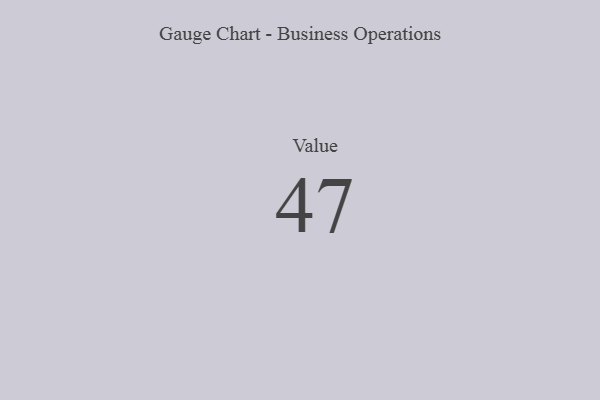
{"axis": {"x": "Metric", "y": "Value"}, "legend": [""], "data": [{"x": "Value", "y": 47, "type": ""}]}